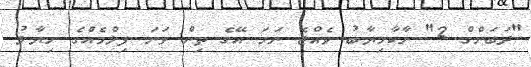
"ދަބަންގް 2" ނާކާމިޔާބު ވެއްޖެ ނަމަ އޭގެ ތިން ވަނަ ފިލްމެއްގެ ހިޔާލު